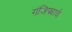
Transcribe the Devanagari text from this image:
गंजिफ्याचे